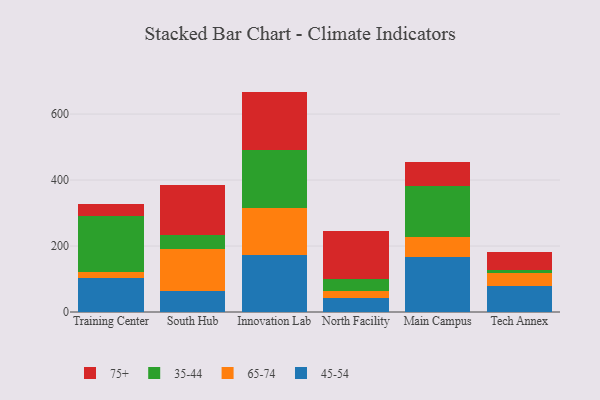
{"axis": {"x": "Campus", "y": "Production Output"}, "legend": ["35-44", "45-54", "65-74", "75+"], "data": [{"x": "Training Center", "y": 102.4, "type": "45-54"}, {"x": "Training Center", "y": 18.9, "type": "65-74"}, {"x": "Training Center", "y": 171.0, "type": "35-44"}, {"x": "Training Center", "y": 34.8, "type": "75+"}, {"x": "South Hub", "y": 63.0, "type": "45-54"}, {"x": "South Hub", "y": 128.9, "type": "65-74"}, {"x": "South Hub", "y": 42.3, "type": "35-44"}, {"x": "South Hub", "y": 149.4, "type": "75+"}, {"x": "Innovation Lab", "y": 174.2, "type": "45-54"}, {"x": "Innovation Lab", "y": 141.5, "type": "65-74"}, {"x": "Innovation Lab", "y": 175.6, "type": "35-44"}, {"x": "Innovation Lab", "y": 176.8, "type": "75+"}, {"x": "North Facility", "y": 43.9, "type": "45-54"}, {"x": "North Facility", "y": 20.0, "type": "65-74"}, {"x": "North Facility", "y": 35.7, "type": "35-44"}, {"x": "North Facility", "y": 145.9, "type": "75+"}, {"x": "Main Campus", "y": 167.0, "type": "45-54"}, {"x": "Main Campus", "y": 59.4, "type": "65-74"}, {"x": "Main Campus", "y": 155.6, "type": "35-44"}, {"x": "Main Campus", "y": 72.1, "type": "75+"}, {"x": "Tech Annex", "y": 78.1, "type": "45-54"}, {"x": "Tech Annex", "y": 41.0, "type": "65-74"}, {"x": "Tech Annex", "y": 7.8, "type": "35-44"}, {"x": "Tech Annex", "y": 56.0, "type": "75+"}]}